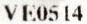
VE0514